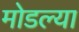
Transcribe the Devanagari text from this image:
मोडल्या